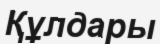
Құлдары